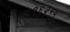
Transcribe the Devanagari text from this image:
४१६२११